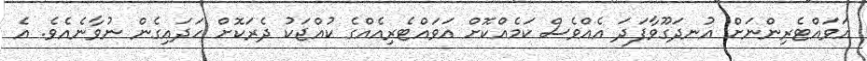
އަވައްޓެރިންނަށް އުނދަގޫވާފަދަ އެއްވެސް ކަމެއްކޮށް އަވައްޓެރިއެއްގެ ކުއްޖަކު ދެރަކޮށް ހަދައިގެން ނުވާނެއެވެ. އެ